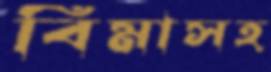
বিমাসহ